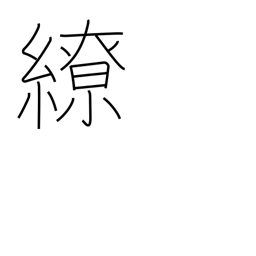
Meaning: twist around